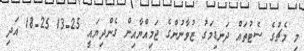
މި މެޗުގެ ސެޓުތައް ދަނޑިމަގު ޒުވާނުންގެ ޖަމިއްޔާއިން ގެންދިޔައީ 25-13 25-18 އަދި